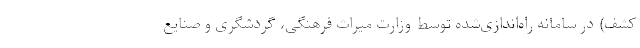
کشف) در سامانه راه‌اندازی‌شده توسط وزارت میراث فرهنگی، گردشگری و صنایع